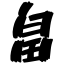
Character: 畠